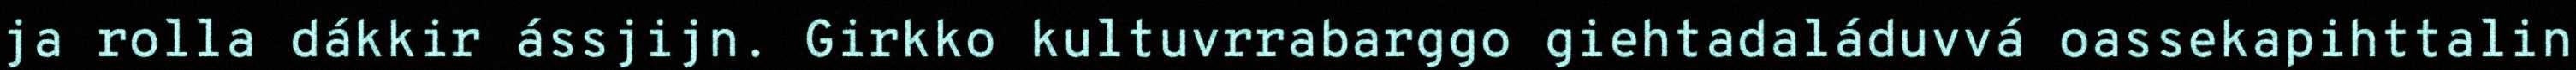
ja rolla dákkir ássjijn. Girkko kultuvrrabarggo giehtadaláduvvá oassekapihttalin